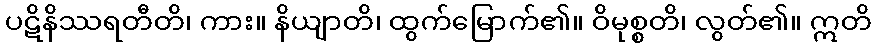
ပဋိနိဿရတီတိ၊ ကား။ နိယျာတိ၊ ထွက်မြောက်၏။ ဝိမုစ္စတိ၊ လွတ်၏။ ဣတိ